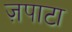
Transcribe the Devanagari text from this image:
ज़पाटा